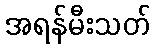
အရန်မီးသတ်